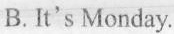
B.It's Monday.